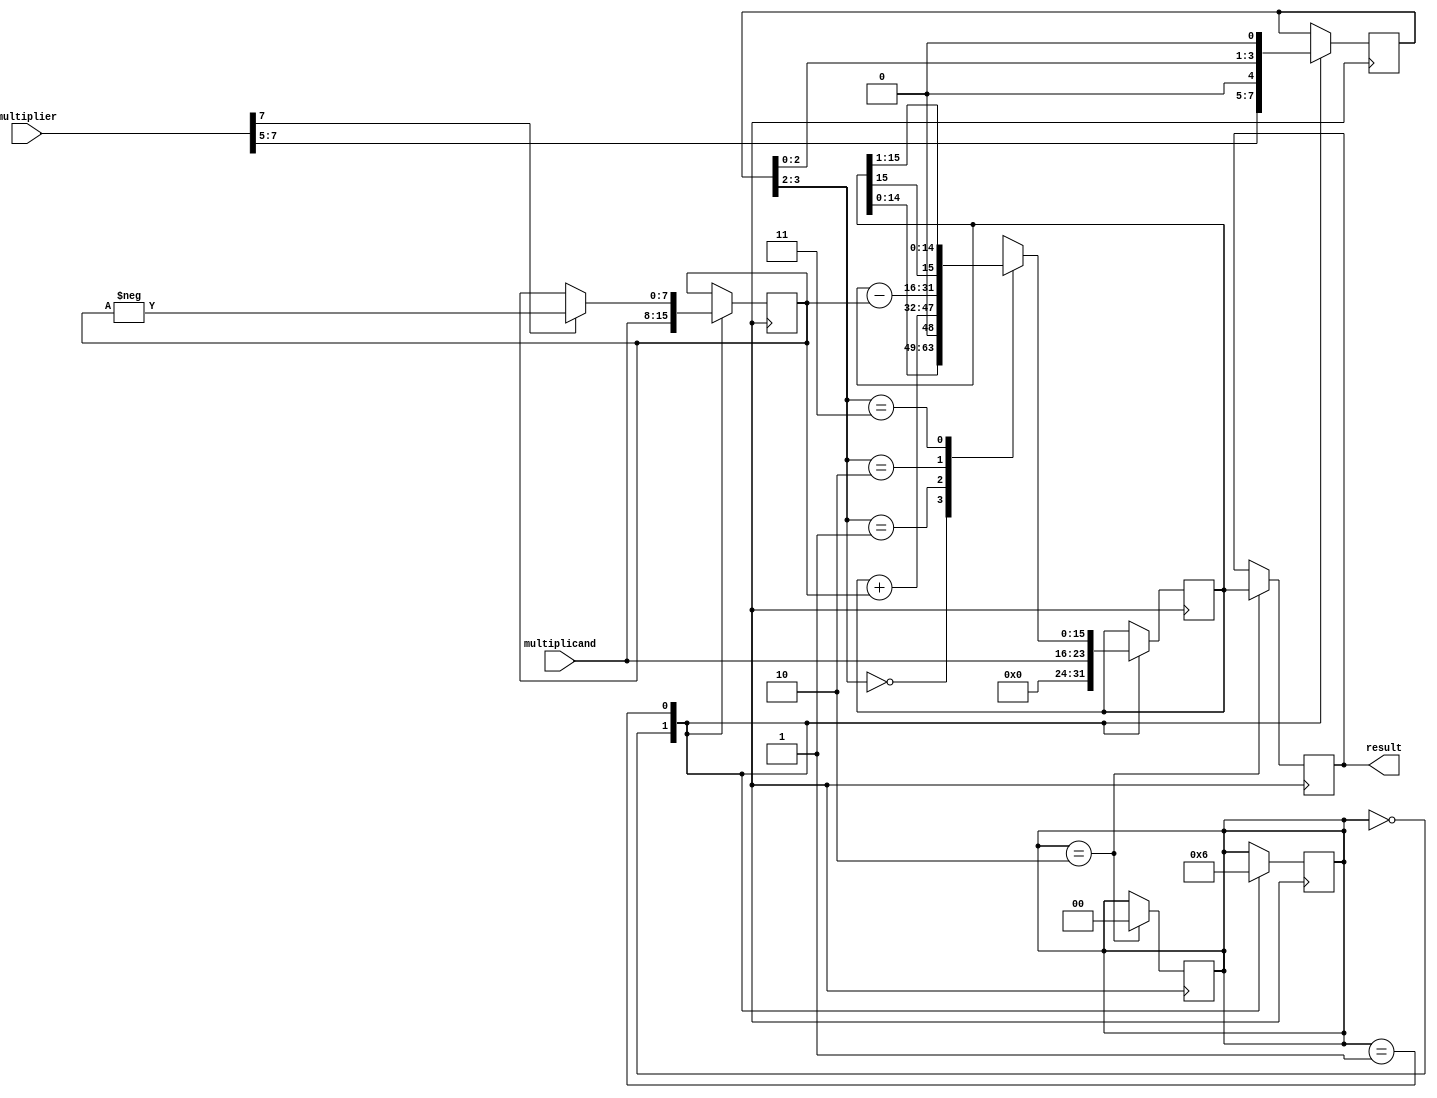
module multiplier(
    input [7:0] multiplicand,
    input [7:0] multiplier,
    output reg [15:0] result
    );

reg [7:0] multiplicand_reg;
reg [15:0] partial_product_reg;
reg [3:0] multiplier_reg;

reg sign_bit;
reg [1:0] state;

always @(posedge clk) begin
    case(state)
        2'b00: begin
            multiplier_reg <= {multiplier[7], multiplier[6], multiplier[5], 1'b0};
            partial_product_reg <= {8'b0, multiplicand};
        end
        2'b01: begin
            case({multiplier_reg[3], multiplier_reg[2]})
                2'b00: partial_product_reg <= partial_product_reg << 1;
                2'b01: partial_product_reg <= partial_product_reg + multiplicand_reg;
                2'b10: partial_product_reg <= partial_product_reg - multiplicand_reg;
                2'b11: partial_product_reg <= {partial_product_reg[15], partial_product_reg[15:1]};
            endcase
            multiplier_reg <= {multiplier_reg[2], multiplier_reg[1], multiplier_reg[0], 1'b0};
        end
        2'b10: begin
            state <= 2'b00;
        end
    endcase
end

always @(posedge clk) begin
    case(state)
        2'b00: begin
            multiplicand_reg <= multiplicand;
            sign_bit <= 1'b0;
            state <= 2'b01;
        end
        2'b01: begin
            if(multiplier[7] == 1'b1)
                multiplicand_reg <= -multiplicand_reg;
            state <= 2'b10;
        end
    endcase
end

always @(posedge clk) begin
    if(state == 2'b10)
        result <= partial_product_reg;
end

endmodule